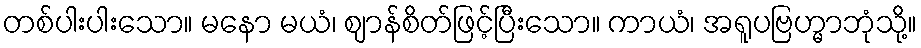
တစ်ပါးပါးသော။ မနော မယံ၊ ဈာန်စိတ်ဖြင့်ပြီးသော။ ကာယံ၊ အရူပဗြဟ္မာဘုံသို့။